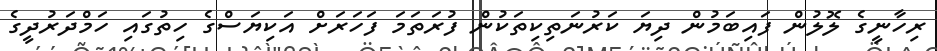
ރިހާނީގެ ލޮލުން ފައިބަމުން ދިޔަ ކަރުނަތިކިތަކުން ފުރަތަމަ ފަހަރަށް އަކިޔަސްގެ ހިތުގައި ހަމްދަރުދީގެ